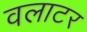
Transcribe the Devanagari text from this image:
वलाटर